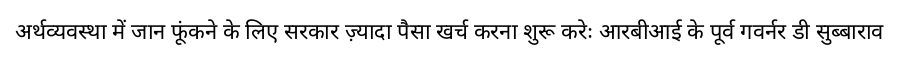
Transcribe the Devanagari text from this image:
अर्थव्यवस्था में जान फूंकने के लिए सरकार ज़्यादा पैसा खर्च करना शुरू करेः आरबीआई के पूर्व गवर्नर डी सुब्बाराव